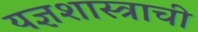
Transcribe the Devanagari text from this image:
यज्ञशास्त्राची